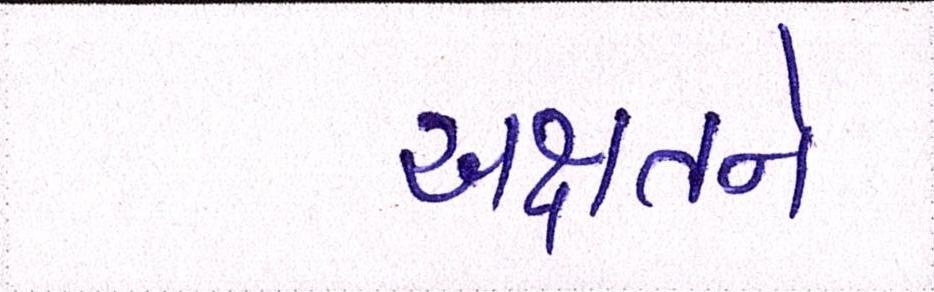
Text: અક્ષતને